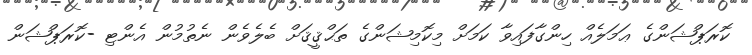
ކޮރަޕްޝަންގެ ޢަމަލެއް ހިންގާފައިވާ ކަމަށް މިކޮމިޝަންގެ ތަޙްޤީޤަށް ބެލެވެން ނެތުމުން އެންޓި -ކޮރަޕްޝަން